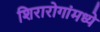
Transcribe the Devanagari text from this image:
शिरारोगांमध्ये